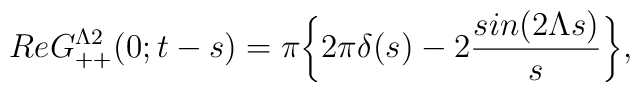
Re G_{++}^{\Lambda 2}(0;t-s)= \pi\bigg\{2\pi \delta(s) - 2 {sin(2 \Lambda s)\over{s}}\bigg\},